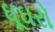
ઘૂઘરો